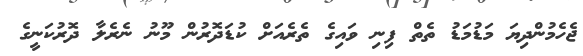
ޖެހެމުންދިޔަ މަޑުމަޑު ތެތް ފިނި ވައިގެ ތެރެއަށް ކުޑަދޮރުން މޫނު ނެރެލާ ދޮރުކަނީގެ